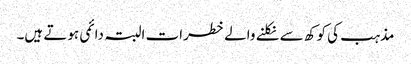
مذہب کی کوکھ سے نکلنے والے خطرات البتہ دائمی ہوتے ہیں۔